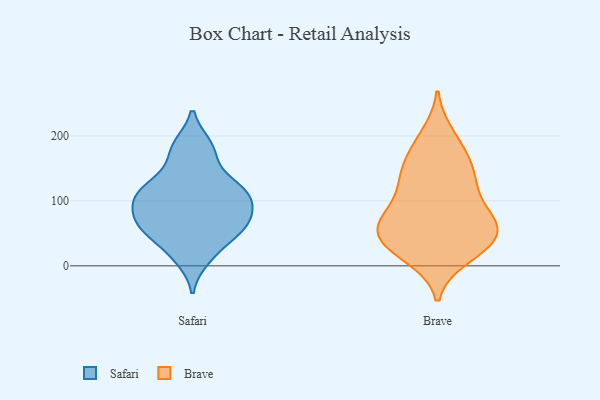
{"axis": {"x": "Gross Profit (USD K)", "y": "Value"}, "legend": ["Brave", "Safari"], "data": [{"x": "", "y": 108, "type": "Safari"}, {"x": "", "y": 163, "type": "Safari"}, {"x": "", "y": 121, "type": "Safari"}, {"x": "", "y": 121, "type": "Safari"}, {"x": "", "y": 53, "type": "Safari"}, {"x": "", "y": 66, "type": "Safari"}, {"x": "", "y": 61, "type": "Safari"}, {"x": "", "y": 53, "type": "Safari"}, {"x": "", "y": 103, "type": "Safari"}, {"x": "", "y": 121, "type": "Safari"}, {"x": "", "y": 86, "type": "Safari"}, {"x": "", "y": 11, "type": "Safari"}, {"x": "", "y": 82, "type": "Safari"}, {"x": "", "y": 185, "type": "Safari"}, {"x": "", "y": 65, "type": "Safari"}, {"x": "", "y": 184, "type": "Safari"}, {"x": "", "y": 110, "type": "Safari"}, {"x": "", "y": 23, "type": "Safari"}, {"x": "", "y": 61, "type": "Brave"}, {"x": "", "y": 137, "type": "Brave"}, {"x": "", "y": 32, "type": "Brave"}, {"x": "", "y": 83, "type": "Brave"}, {"x": "", "y": 43, "type": "Brave"}, {"x": "", "y": 27, "type": "Brave"}, {"x": "", "y": 73, "type": "Brave"}, {"x": "", "y": 30, "type": "Brave"}, {"x": "", "y": 200, "type": "Brave"}, {"x": "", "y": 115, "type": "Brave"}, {"x": "", "y": 63, "type": "Brave"}, {"x": "", "y": 15, "type": "Brave"}, {"x": "", "y": 139, "type": "Brave"}, {"x": "", "y": 135, "type": "Brave"}, {"x": "", "y": 71, "type": "Brave"}, {"x": "", "y": 164, "type": "Brave"}, {"x": "", "y": 54, "type": "Brave"}, {"x": "", "y": 184, "type": "Brave"}]}